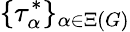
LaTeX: \{ \tau_{\alpha}^{*}\} _{\alpha\in\Xi(G)}